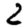
Digit: 2